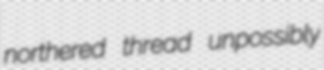
northered thread unpossibly